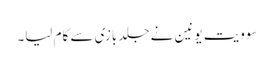
سوویت یونین نے جلد بازی سے کام لیا۔